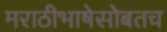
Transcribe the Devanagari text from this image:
मराठीभाषेसोबतच